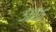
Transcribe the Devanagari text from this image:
५००५